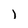
Character: l